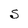
Character: S